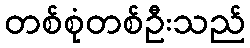
တစ်စုံတစ်ဦးသည်